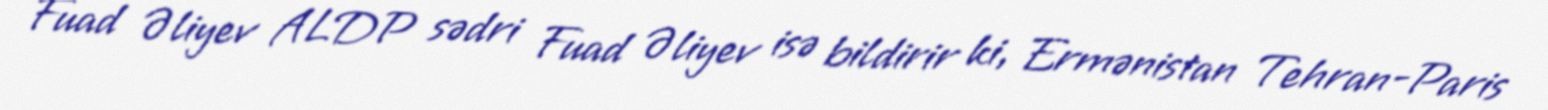
Fuad Əliyev ALDP sədri Fuad Əliyev isə bildirir ki, Ermənistan Tehran-Paris